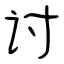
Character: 讨